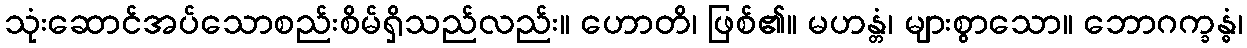
သုံးဆောင်အပ်သောစည်းစိမ်ရှိသည်လည်း။ ဟောတိ၊ ဖြစ်၏။ မဟန္တံ၊ များစွာသော။ ဘောဂက္ခန္ဓံ၊